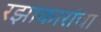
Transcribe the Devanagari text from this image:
रझाकारांचा